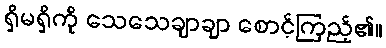
ရှိမရှိကို သေသေချာချာ စောင့်ကြည့်၏။